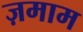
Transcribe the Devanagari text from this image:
ज़माम